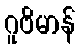
ဂူဗိမာန်